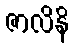
ဇာလိနိ